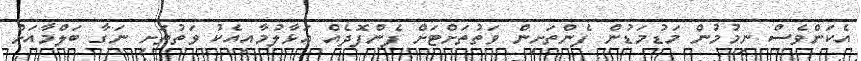
އެކަންވެސް ނިމުމުން މަޑުމަޑުން ފެންތަށިން ވަތުތަށްޓަށް ފެންފޮދެއް އަޅާލުމާއިއެކު ވަތުތަށި ނަގާ ބަލްމާއަށް